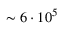
\sim 6 \cdot 1 0 ^ { 5 }